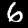
Label: 6